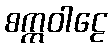
စက္ကဝါဠေ